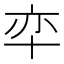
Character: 𱑎